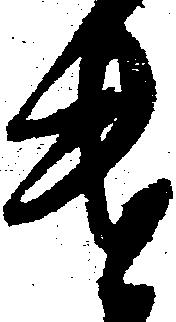
遣